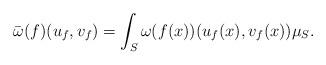
LaTeX: \begin{align*} \bar{\omega}(f) (u_f,v_f)=\int_S \omega(f(x))(u_f(x),v_f(x))\mu_S. \end{align*}